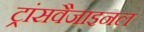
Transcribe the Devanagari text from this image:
ट्रांसवैजाइनल